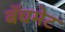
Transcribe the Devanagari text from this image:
बॅचमेट